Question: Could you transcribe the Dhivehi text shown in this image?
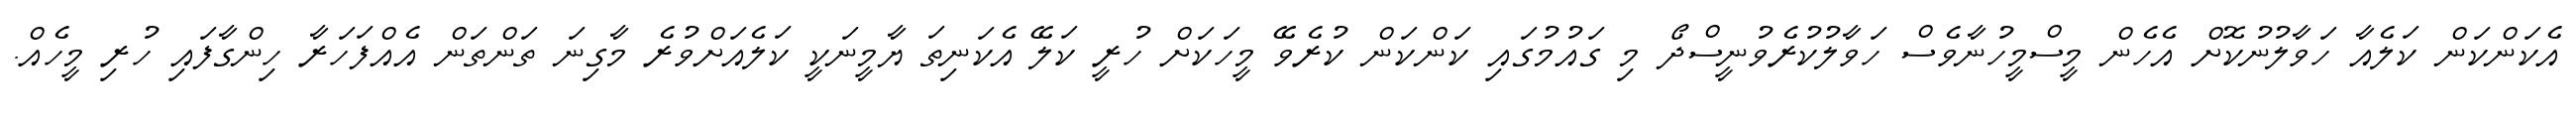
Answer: އެކަންކަން ކަލެއާ ހަވާލުނުކޮށް އެހެން މީސްމީހުނާވެސް ހަވާލުކުރެވުނީސްދޯ މި ގައުމުގައި ކަންކަން ކުރެވޭ މީހަކަށް ހުރީ ކަލޭ އެކަނިތަ ޔާމީނަކީ ކަލެއަށްވުރެ މާގިނަ ތަންތަން އެއްފަހަރާ ހިންގާފައި ހުރި މީހެއް.